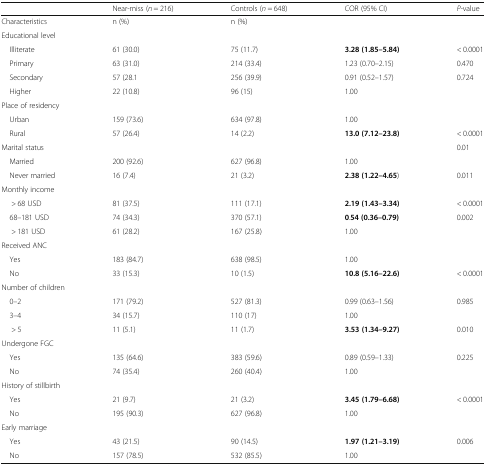
<table><thead><tr><td></td><td><b>Near-miss (<i>n</i> = 216)</b></td><td><b>Controls (<i>n</i> = 648)</b></td><td><b>COR (95% CI)</b></td><td><b><i>P-</i>value</b></td></tr></thead><tbody><tr><td>Characteristics</td><td>n (%)</td><td>n (%)</td><td></td><td></td></tr><tr><td colspan="5">Educational level</td></tr><tr><td> Illiterate</td><td>61 (30.0)</td><td>75 (11.7)</td><td><b>3.28 (1.85–5.84)</b></td><td>&lt; 0.0001</td></tr><tr><td> Primary</td><td>63 (31.0)</td><td>214 (33.4)</td><td>1.23 (0.70–2.15)</td><td>0.470</td></tr><tr><td> Secondary</td><td>57 (28.1</td><td>256 (39.9)</td><td>0.91 (0.52–1.57)</td><td>0.724</td></tr><tr><td> Higher</td><td>22 (10.8)</td><td>96 (15)</td><td>1.00</td><td></td></tr><tr><td colspan="5">Place of residency</td></tr><tr><td> Urban</td><td>159 (73.6)</td><td>634 (97.8)</td><td>1.00</td><td></td></tr><tr><td> Rural</td><td>57 (26.4)</td><td>14 (2.2)</td><td><b>13.0 (7.12–23.8)</b></td><td>&lt; 0.0001</td></tr><tr><td>Marital status</td><td></td><td></td><td></td><td>0.01</td></tr><tr><td> Married</td><td>200 (92.6)</td><td>627 (96.8)</td><td>1.00</td><td></td></tr><tr><td> Never married</td><td>16 (7.4)</td><td>21 (3.2)</td><td><b>2.38 (1.22–4.65</b>)</td><td>0.011</td></tr><tr><td colspan="5">Monthly income</td></tr><tr><td>&gt; 68 USD</td><td>81 (37.5)</td><td>111 (17.1)</td><td><b>2.19 (1.43–3.34)</b></td><td>&lt; 0.0001</td></tr><tr><td> 68–181 USD</td><td>74 (34.3)</td><td>370 (57.1)</td><td><b>0</b>.<b>54 (0.36–0.79)</b></td><td>0.002</td></tr><tr><td>&gt; 181 USD</td><td>61 (28.2)</td><td>167 (25.8)</td><td>1.00</td><td></td></tr><tr><td>Received ANC</td><td></td><td></td><td></td><td></td></tr><tr><td> Yes</td><td>183 (84.7)</td><td>638 (98.5)</td><td>1.00</td><td></td></tr><tr><td> No</td><td>33 (15.3)</td><td>10 (1.5)</td><td><b>10.8 (5.16–22.6)</b></td><td>&lt; 0.0001</td></tr><tr><td colspan="5">Number of children</td></tr><tr><td> 0–2</td><td>171 (79.2)</td><td>527 (81.3)</td><td>0.99 (0.63–1.56)</td><td>0.985</td></tr><tr><td> 3–4</td><td>34 (15.7)</td><td>110 (17)</td><td>1.00</td><td></td></tr><tr><td>&gt; 5</td><td>11 (5.1)</td><td>11 (1.7)</td><td><b>3.53 (1.34–9.27)</b></td><td>0.010</td></tr><tr><td colspan="5">Undergone FGC</td></tr><tr><td> Yes</td><td>135 (64.6)</td><td>383 (59.6)</td><td>0.89 (0.59–1.33)</td><td>0.225</td></tr><tr><td> No</td><td>74 (35.4)</td><td>260 (40.4)</td><td>1.00</td><td></td></tr><tr><td colspan="5">History of stillbirth</td></tr><tr><td> Yes</td><td>21 (9.7)</td><td>21 (3.2)</td><td><b>3.45 (1.79–6.68)</b></td><td>&lt; 0.0001</td></tr><tr><td> No</td><td>195 (90.3)</td><td>627 (96.8)</td><td>1.00</td><td></td></tr><tr><td colspan="5">Early marriage</td></tr><tr><td> Yes</td><td>43 (21.5)</td><td>90 (14.5)</td><td><b>1.97 (1.21–3.19)</b></td><td>0.006</td></tr><tr><td> No</td><td>157 (78.5)</td><td>532 (85.5)</td><td>1.00</td><td></td></tr></tbody></table>